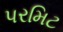
પરમિટ